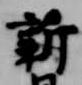
新